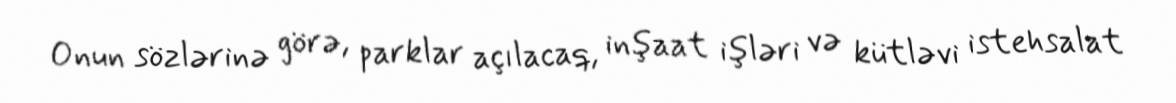
Onun sözlərinə görə, parklar açılacaq, inşaat işləri və kütləvi istehsalat